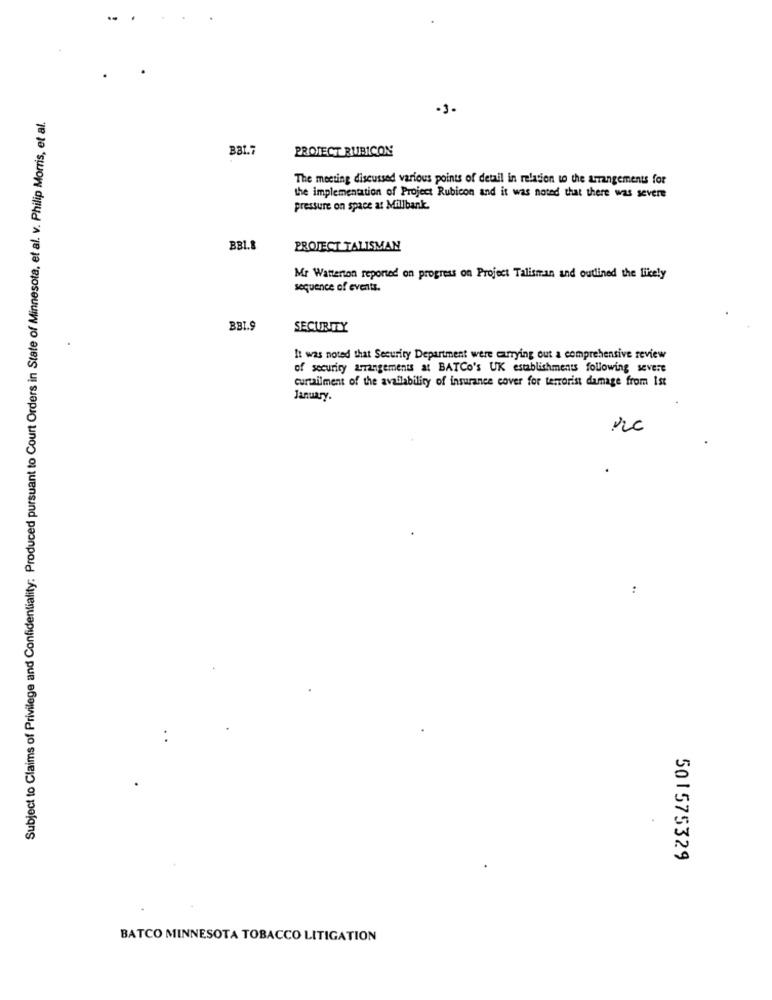
.3.
Subject to Claims of Privilege and Confidentiality: Produced pursuant to Court Orders in State of Minnesota, et al. v. Philip Morris, et al.
BB1.7
PROJECT RUBICON
The meeting discussed various points of detail in relation to the arrangements for
the implementation of Project Rubicon and it was noted that there was severe
pressure on space at Millbank.
BB1.8
PROJECT TALISMAN
Mr Watterton reported on progress on Project Talisman and outlined the likely
sequence of events.
BBI.9
SECURITY
It was noted that Security Department were carrying out a comprehensive review
of security arrangements at BATCo's UK establishments following severe
curtailment of the availability of insurance cover for terrorist damage from Ist
January.
:
:
501575329
BATCO MINNESOTA TOBACCO LITIGATION